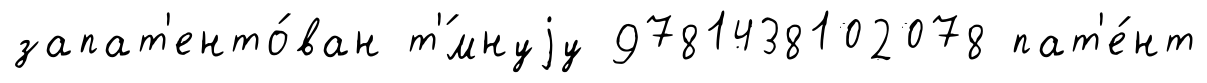
запат'енто́ван т'́мнуjу 9781438102078 пат'е́нт